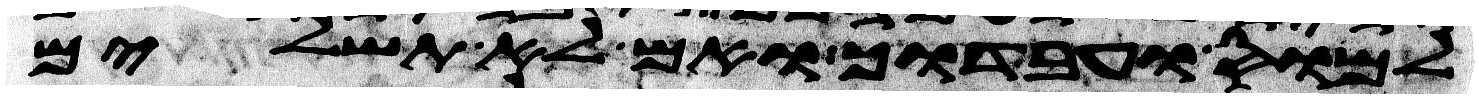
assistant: למס ועבדוך ואם לא תשלים